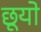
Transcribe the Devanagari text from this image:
छूयो